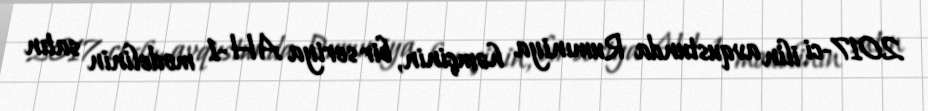
2017-ci ilin avqustunda Rumıniya həmçinin, bir seriya AH-1 modelinin satın